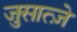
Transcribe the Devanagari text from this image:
जुसात्ज़े